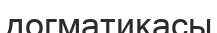
догматикасы